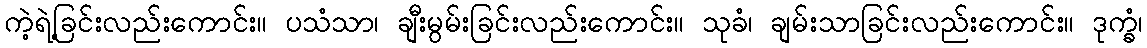
ကဲ့ရဲ့ခြင်းလည်းကောင်း။ ပသံသာ၊ ချီးမွမ်းခြင်းလည်းကောင်း။ သုခံ၊ ချမ်းသာခြင်းလည်းကောင်း။ ဒုက္ခံ၊